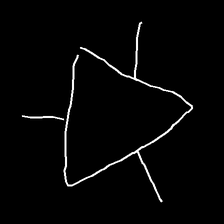
Glyph: fire